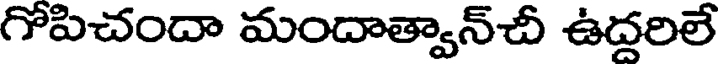
గోపిచందా మందాత్వాన్చీ ఉద్దరిలే